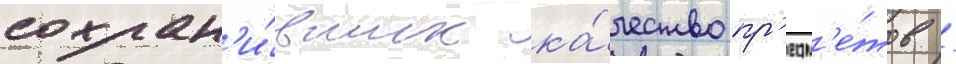
сохран'и́вших ка́чество пр'едм'е́тов /